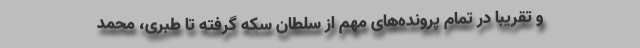
و تقریبا در تمام پرونده‌های مهم از سلطان سکه گرفته تا طبری، محمد